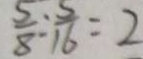
\frac { 5 } { 8 } : \frac { 5 } { 1 6 } = 2